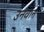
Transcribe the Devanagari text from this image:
उनवान